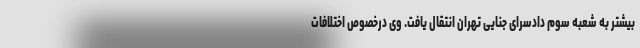
بیشتر به شعبه سوم دادسرای جنایی تهران انتقال یافت. وی درخصوص اختلافات